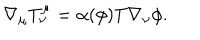
\nabla _ { \mu } T _ { \nu } ^ { \mu } = \alpha ( \phi ) T \nabla _ { \nu } \phi .